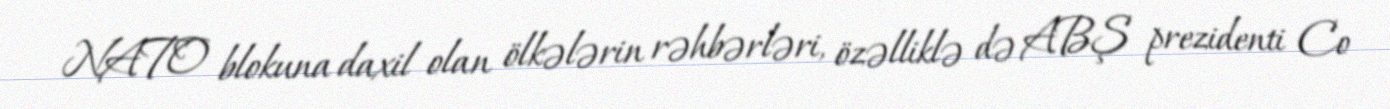
NATO blokuna daxil olan ölkələrin rəhbərləri, özəlliklə də ABŞ prezidenti Co